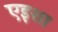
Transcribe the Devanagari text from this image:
एइशा